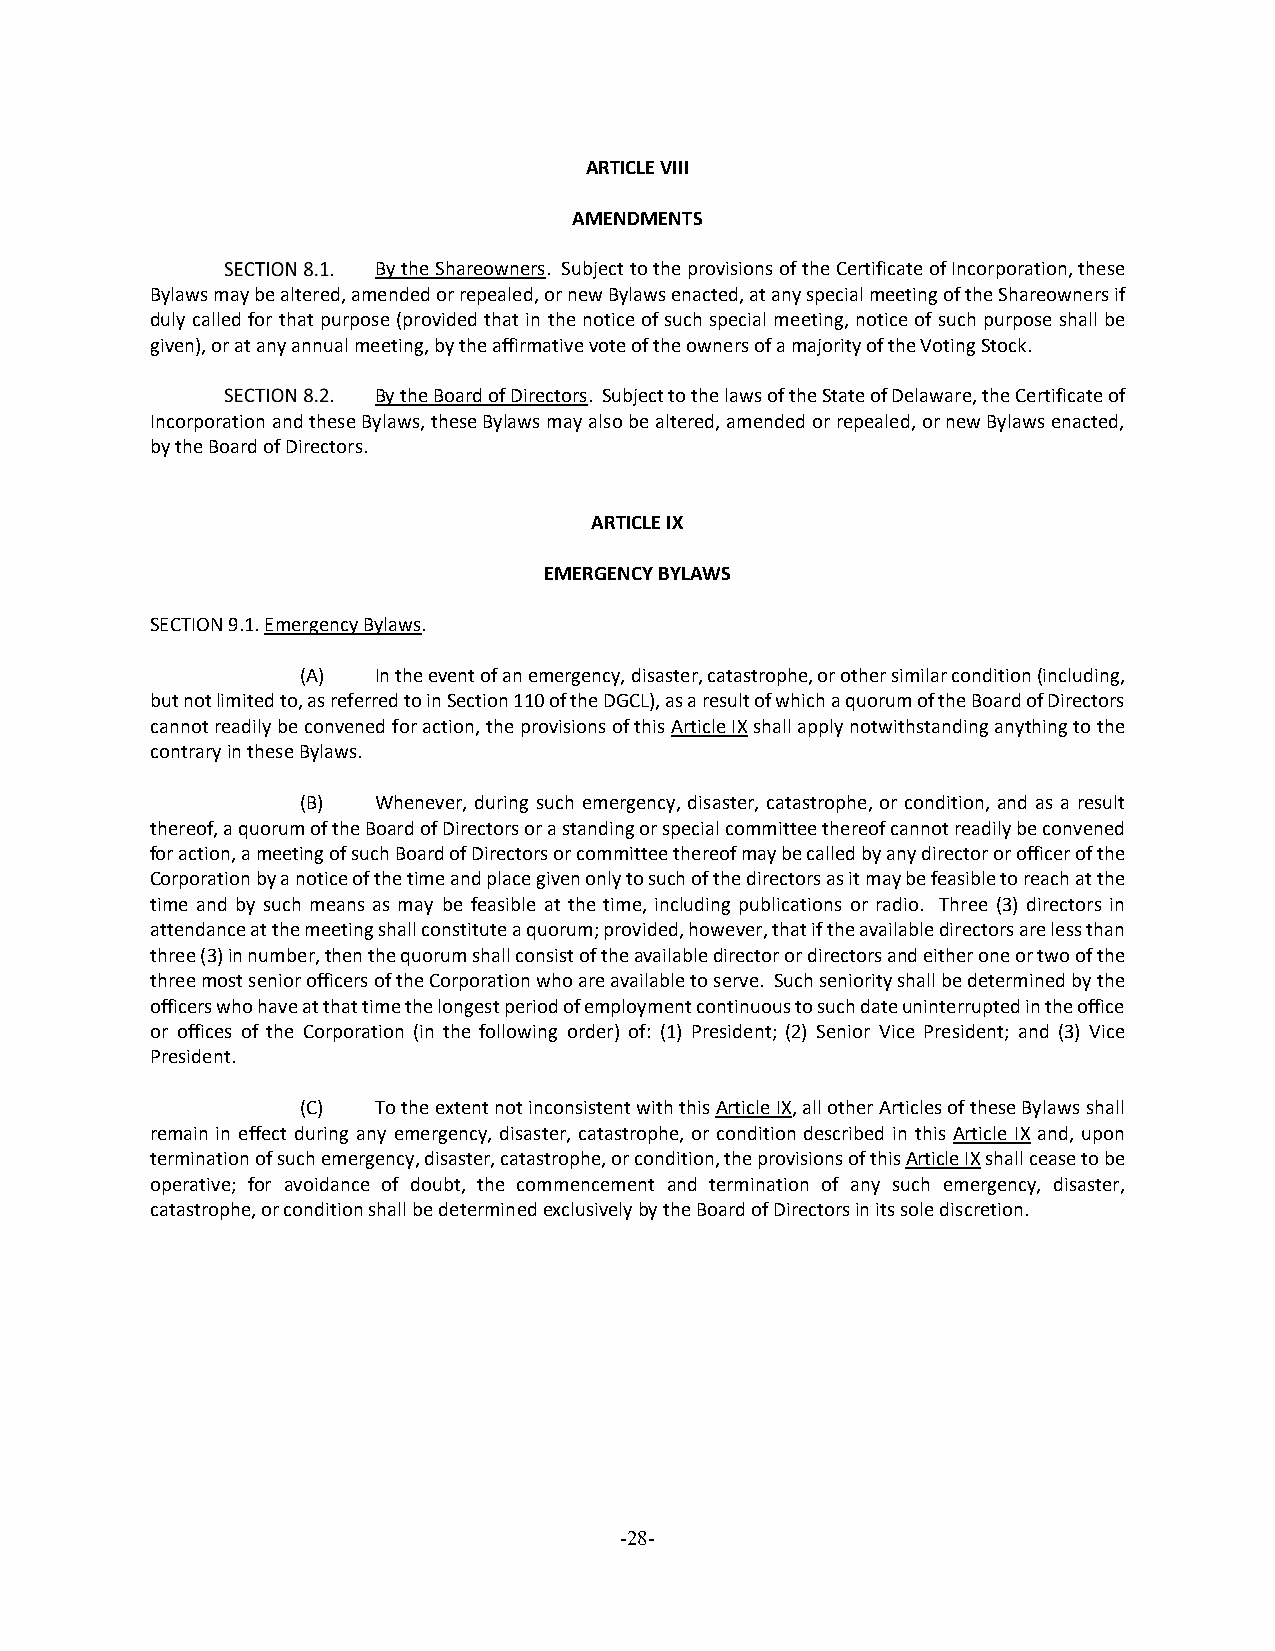
ARTICLE VIII
 AMENDMENTS
 By the Shareowners. Subject to the provisions of the Certificate of Incorporation, these
 Bylaws may be altered, amended or repealed, or new Bylaws enacted, at any special meeting of the Shareowners if
 duly called for that purpose (provided that in the notice of such special meeting, notice of such purpose shall be
 given), or at any annual meeting, by the affirmative vote of the owners of a majority of the Voting Stock.
 By the Board of Directors. Subject to the laws of the State of Delaware, the Certificate of
 Incorporation and these Bylaws, these Bylaws may also be altered, amended or repealed, or new Bylaws enacted,
 by the Board of Directors.
 ARTICLE IX
 EMERGENCY BYLAWS
 SECTION 9.1. Emergency Bylaws.
 (A)  In the event of an emergency, disaster, catastrophe, or other similar condition (including,
 but not limited to, as referred to in Section 110 of the DGCL), as a result of which a quorum of the Board of Directors
 cannot readily be convened for action, the provisions of this Article IX shall apply notwithstanding anything to the
 contrary in these Bylaws.
 (B)  Whenever, during such emergency, disaster, catastrophe, or condition, and as a result
 thereof, a quorum of the Board of Directors or a standing or special committee thereof cannot readily be convened
 for action, a meeting of such Board of Directors or committee thereof may be called by any director or officer of the
 Corporation by a notice of the time and place given only to such of the directors as it may be feasible to reach at the
 time and by such means as may be feasible at the time, including publications or radio. Three (3) directors in
 attendance at the meeting shall constitute a quorum; provided, however, that if the available directors are less than
 three (3) in number, then the quorum shall consist of the available director or directors and either one or two of the
 three most senior officers of the Corporation who are available to serve. Such seniority shall be determined by the
 officers who have at that time the longest period of employment continuous to such date uninterrupted in the office
 or offices of the Corporation (in the following order) of: (1) President; (2) Senior Vice President; and (3) Vice
 President.
 (C)  To the extent not inconsistent with this Article IX, all other Articles of these Bylaws shall
 remain in effect during any emergency, disaster, catastrophe, or condition described in this Article IX and, upon
 termination of such emergency, disaster, catastrophe, or condition, the provisions of this Article IX shall cease to be
 operative; for avoidance of doubt, the commencement and termination of any such emergency, disaster,
 catastrophe, or condition shall be determined exclusively by the Board of Directors in its sole discretion.
 -28-